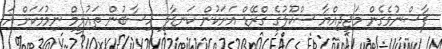
ފާސްނުވެގެން މަޖީދިއްޔާ ސްކޫލުގެ ގްރޭޑް އަށަކުން ކަނޑާލި ހިސާބުން ތައުލީމް ނިމުމަކަށް އަ